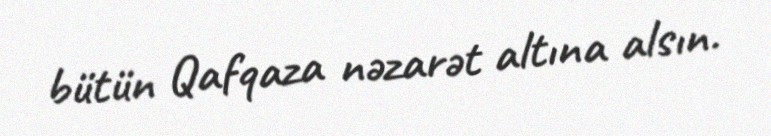
bütün Qafqaza nəzarət altına alsın.